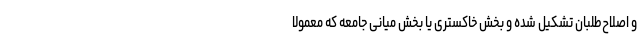
و اصلاح‌طلبان تشکیل شده و بخش خاکستری یا بخش میانی جامعه که معمولاً